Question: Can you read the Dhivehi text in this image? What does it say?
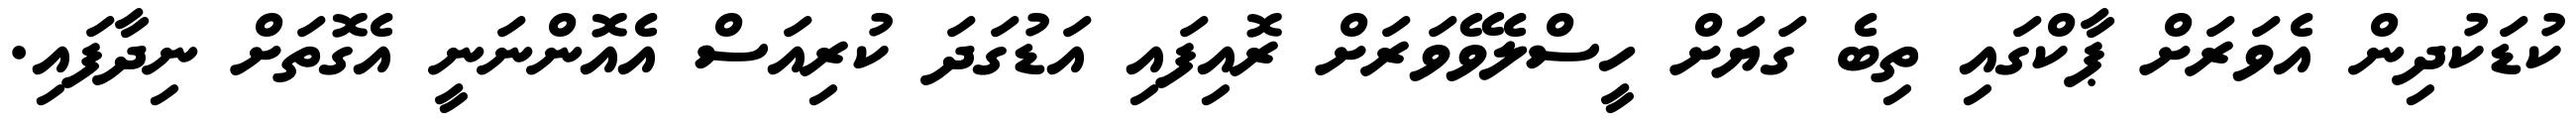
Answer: ކުޑަކުދިން އެވަރަށް ޕާކްގައި ތިބެ ގަޔަށް ހީސްލެވޭވަރަށް ރޮއިފައި އަޑުގަދަ ކުރިއަސް އެއޮންނަނީ އެގޮތަށް ނިދާފައި.